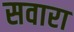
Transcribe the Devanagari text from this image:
सवारा